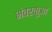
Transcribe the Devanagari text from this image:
भंवरकुआ